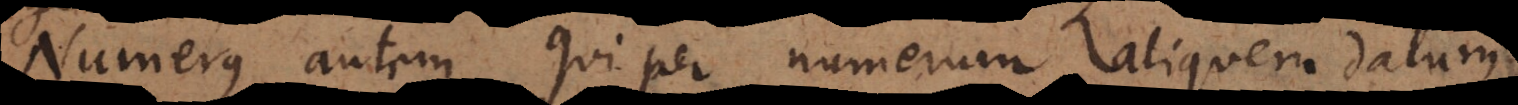
Numerus autem qui per numerum aliquem